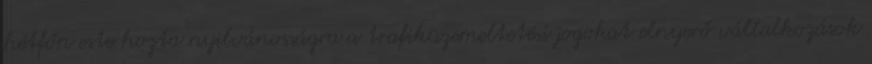
hétfőn este hozta nyilvánosságra a trafiküzemeltetési jogokat elnyerő vállalkozások